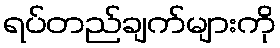
ရပ်တည်ချက်များကို